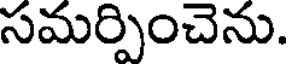
సమర్పించెను.